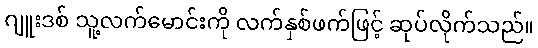
ဂျူးဒစ် သူ့လက်မောင်းကို လက်နှစ်ဖက်ဖြင့် ဆုပ်လိုက်သည်။